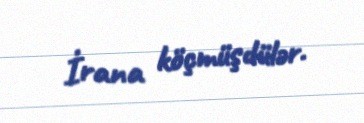
İrana köçmüşdülər.